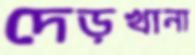
দেড়খানা